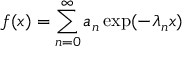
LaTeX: f ( x ) = \sum _ { n = 0 } ^ { \infty } a _ { n } \exp ( - \lambda _ { n } x )